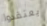
يعتقدوا